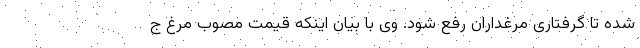
شده تا گرفتاری مرغداران رفع شود. وی با بیان اینکه قیمت مصوب مرغ ج